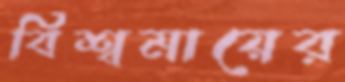
বিশ্বমায়ের